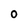
Character: O